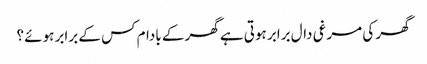
گھر کی مرغی دال برابر ہوتی ہے گھر کے بادام کس کے برابر ہوئے ؟